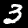
Digit: 3